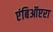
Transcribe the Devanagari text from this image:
एंबिऑप्टरा